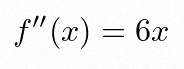
f''(x)=6x